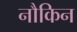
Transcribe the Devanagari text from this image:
नौकिन